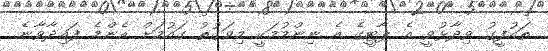
ތައުފީގު ވިދާޅުވީ އެ ޕާޓީގެ އެ ނިންމުމަކީ މިވަގުތު ގައުމަށް އެންމެ ފައިދާވާނެ